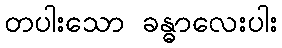
တပါးသော ခန္ဓာလေးပါး